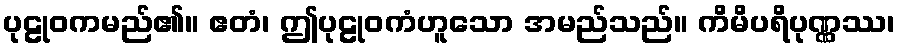
ပုဠုဝကမည်၏။ ဧတံ၊ ဤပုဠုဝကံဟူသော အမည်သည်။ ကိမိပရိပုဏ္ဏဿ၊